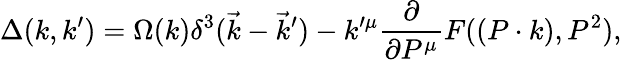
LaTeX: \Delta(k,k^{\prime})=\Omega(k)\delta^{3}(\vec{k}-\vec{k}^{\prime})-k^{\prime\mu}\frac\partial{\partial P^{\mu}}F((P\cdot k),P^{2}),